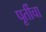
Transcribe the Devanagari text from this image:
पूर्तीचा